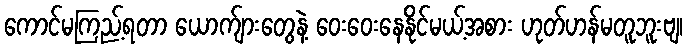
ကောင်မကြည့်ရတာ ယောက်ျားတွေနဲ့ ဝေးဝေးနေနိုင်မယ့်အစား ဟုတ်ဟန်မတူဘူးဗျ၊